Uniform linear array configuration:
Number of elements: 64
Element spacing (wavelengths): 1
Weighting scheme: blackman
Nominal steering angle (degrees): -15
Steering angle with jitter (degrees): -15.105
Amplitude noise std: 0.05
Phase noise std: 0.05

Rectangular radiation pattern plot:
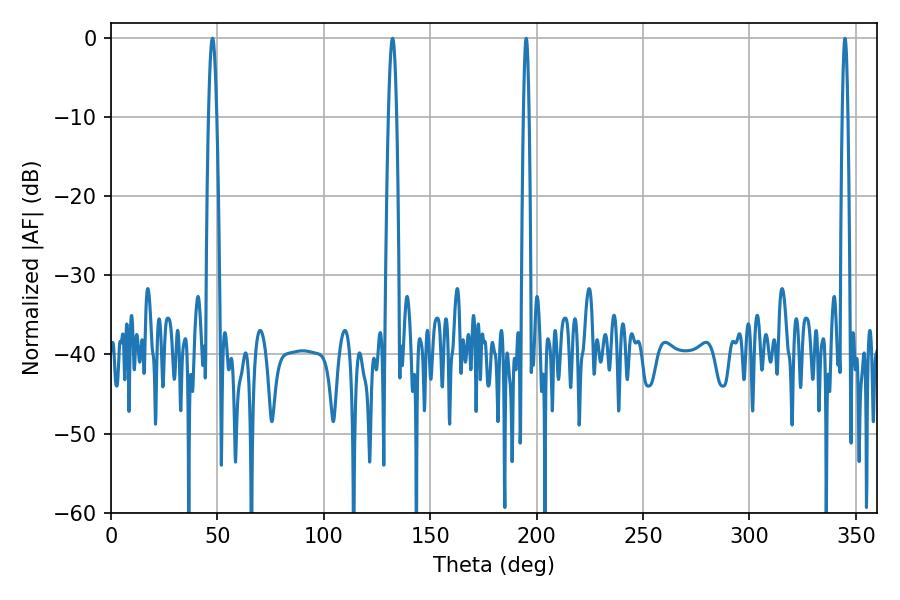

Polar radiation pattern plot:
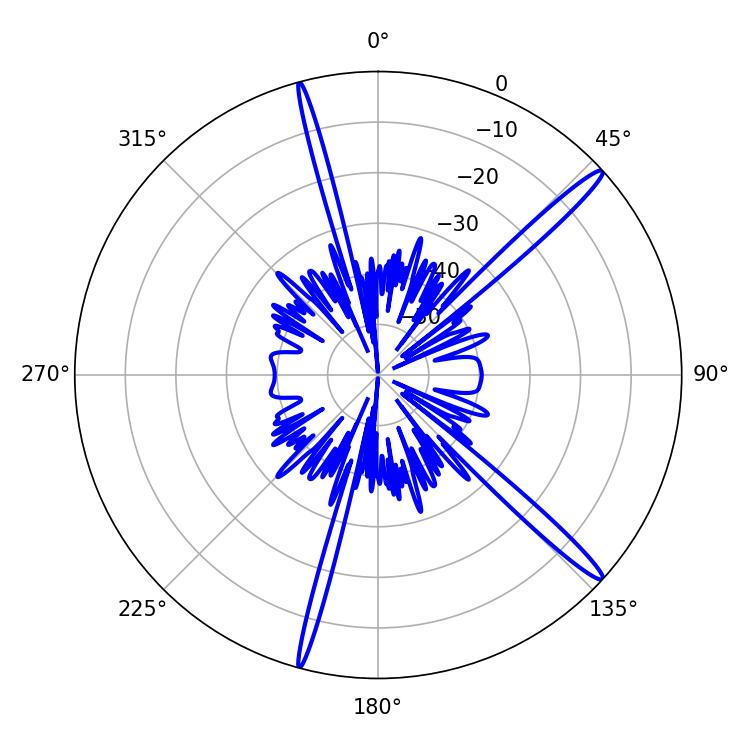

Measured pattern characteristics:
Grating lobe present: TRUE
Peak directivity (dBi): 16.433
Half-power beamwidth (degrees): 2.16
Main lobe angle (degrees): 47.7